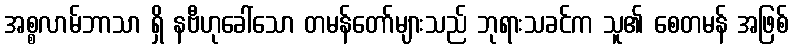
အစ္စလာမ်ဘာသာ ရှိ နဗီဟုခေါ်သော တမန်တော်များသည် ဘုရားသခင်က သူ၏ စေတမန် အဖြစ်